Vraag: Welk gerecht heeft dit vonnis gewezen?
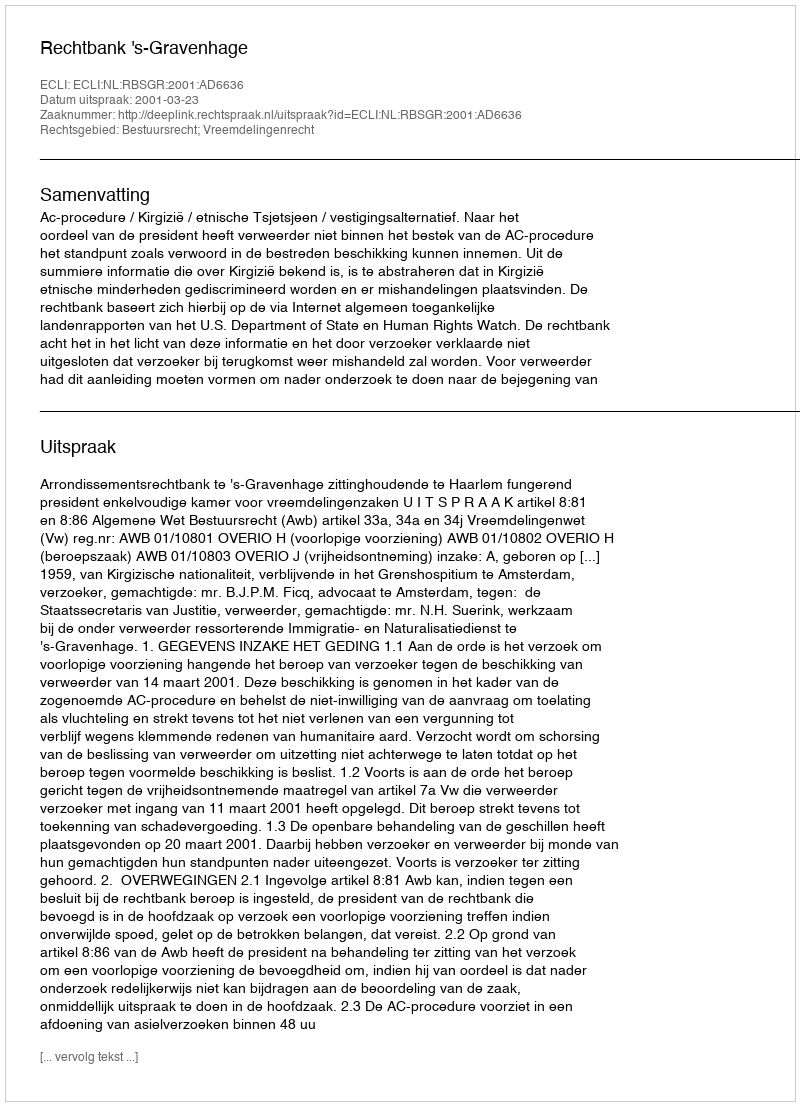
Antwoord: Rechtbank 's-Gravenhage